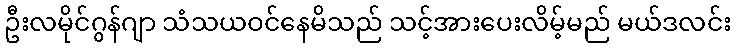
ဦးလမိုင်ဂွန်ဂျာ သံသယဝင်နေမိသည် သင့်အားပေးလိမ့်မည် မယ်ဒလင်း